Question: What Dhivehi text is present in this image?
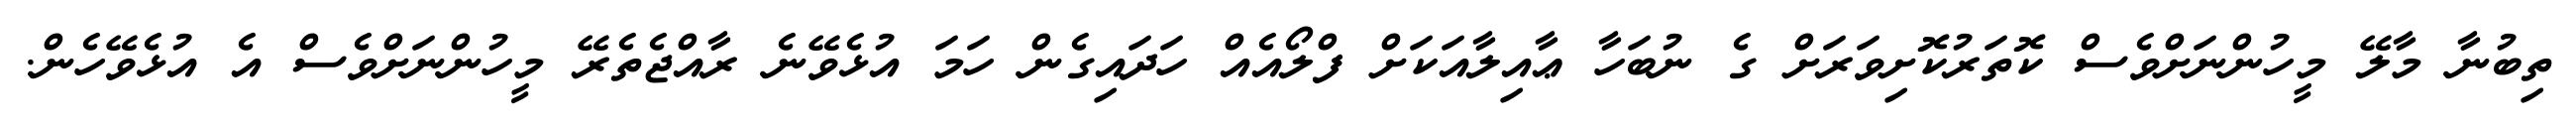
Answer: ތިބުނާ މާލޭ މީހުންނަށްވެސް ކޮތަރުކޮށިވަރަށް ގެ ނުބަހާ ޢާއިލާއަކަށް ފްލޯއެއް ހަދައިގެން ހަމަ އުޅެވޭނެ ރާއްޖެތެރޭ މީހުންނަށްވެސް އެ އުޅެވޭހެން.